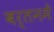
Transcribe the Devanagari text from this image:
बर्तनमें